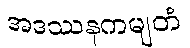
အဒဿနကမျတံ